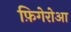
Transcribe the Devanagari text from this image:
फ़िगेरोआ